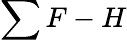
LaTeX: \sum F-H